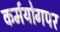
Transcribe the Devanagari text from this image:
कर्मयोगपर